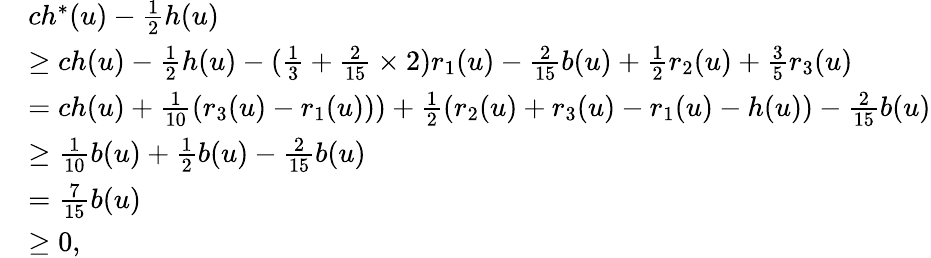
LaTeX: \begin{array}{rl}&{ch^{*}(u)-\frac{1}{2}h(u)}\\ &{\geq ch(u)-\frac{1}{2}h(u)-(\frac{1}{3}+\frac{2}{15}\times 2)r_{1}(u)-\frac{2}{15}b(u)+\frac{1}{2}r_{2}(u)+\frac{3}{5}r_{3}(u)}\\ &{=ch(u)+\frac{1}{10}(r_{3}(u)-r_{1}(u)))+\frac{1}{2}(r_{2}(u)+r_{3}(u)-r_{1}(u)-h(u))-\frac{2}{15}b(u)}\\ &{\geq\frac{1}{10}b(u)+\frac{1}{2}b(u)-\frac{2}{15}b(u)}\\ &{=\frac{7}{15}b(u)}\\ &{\geq 0,}\end{array}